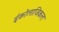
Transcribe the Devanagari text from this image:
ईकोलाजिकल